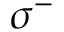
\sigma ^ { - }